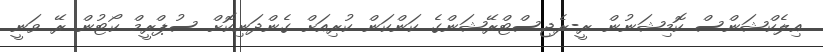
އިލެކްޝަންސް ކޮމިޝަނުން ރީ-ރެޖިސްޓްރޭޝަންގެ ކަންކަން ކުރިއަށް ގެންދަނިކޮށް ސުޕްރީމް ކޯޓުން ރޭ ވަނީ